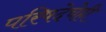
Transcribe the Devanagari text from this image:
परिषदेचेही